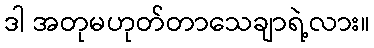
ဒါ အတုမဟုတ်တာသေချာရဲ့လား။